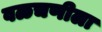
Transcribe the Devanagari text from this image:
वळचणीला